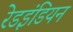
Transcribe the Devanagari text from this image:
रेडइंडियन